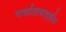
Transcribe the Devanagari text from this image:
गर्भाशयदर्शन